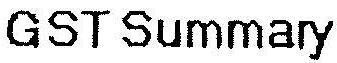
GST SUMMARY